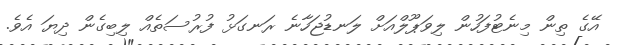
އޭގެ ތިން މިނެޓުފަހުން ލިވަޕޫލްއަށް ލަނޑުޖަހާނެ ރަނގަޅު ފުރުސަތެއް ލިބިގެން ދިޔަ އެވެ.